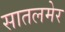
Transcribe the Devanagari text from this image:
सातलमेर